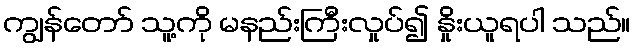
ကျွန်တော် သူ့ကို မနည်းကြီးလှုပ်၍ နှိုးယူရပါ သည်။